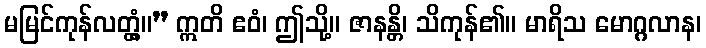
မမြင်ကုန်လတ္တံ့။” ဣတိ ဧဝံ၊ ဤသို့။ ဇာနန္တိ၊ သိကုန်၏။ မာရိသ မောဂ္ဂလာန၊